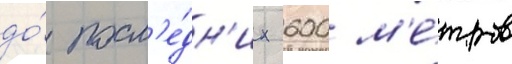
до́ посл'е́дн'их 600 м'е́тров